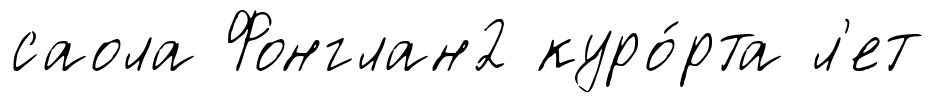
саола Фонглан2 куро́рта л'ет